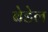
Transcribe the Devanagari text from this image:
बेडेल